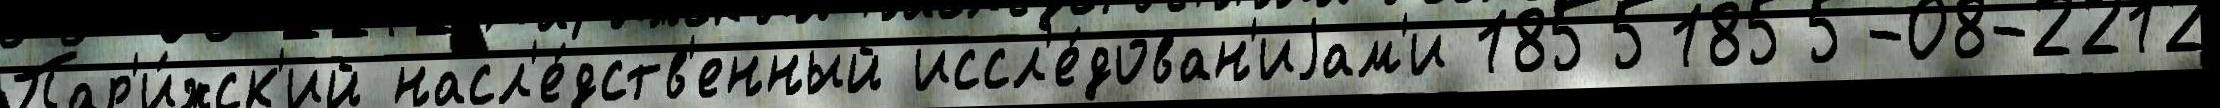
Пар'и́жск'ий насл'е́дств'енный иссл'е́дован'иjам'и 18551855-08-2212